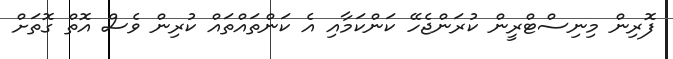
ފޮރިން މިނިސްޓްރީން ކުރަންޖެހޭ ކަންކަމާއި އެ ކަންތައްތައް ކުރިން ވެސް އޮތް ގޮތަށް